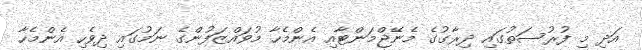
އަދި މި ފުރުސަތުގައި ދިރާގުގެ މެނޭޖްމަންޓާއި އެންމެހާ މުވައްޒަފުންގެ ނަމުގައި ދިވެހި އެންމެހާ